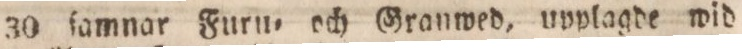
30 ſamnar Furu= och Granwed, upplagde wid